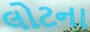
લોટના